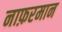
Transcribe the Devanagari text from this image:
नाफ़रमान